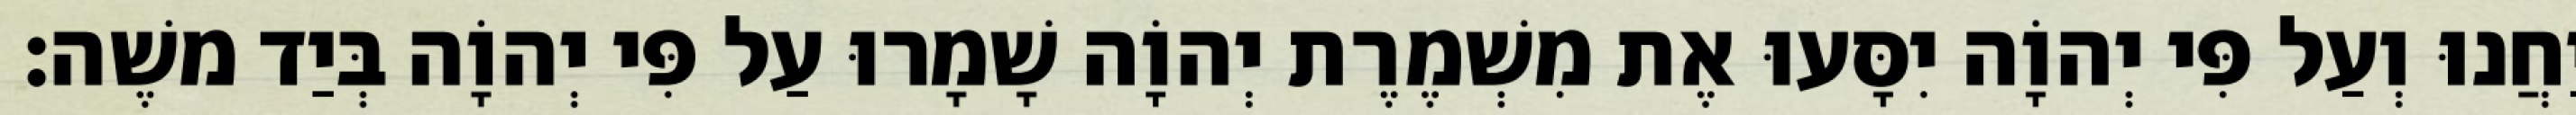
יַחֲנוּ וְעַל פִּי יְהוָֹה יִסָּעוּ אֶת מִשְׁמֶרֶת יְהוָֹה שָׁמָרוּ עַל פִּי יְהוָֹה בְּיַד משֶׁה׃